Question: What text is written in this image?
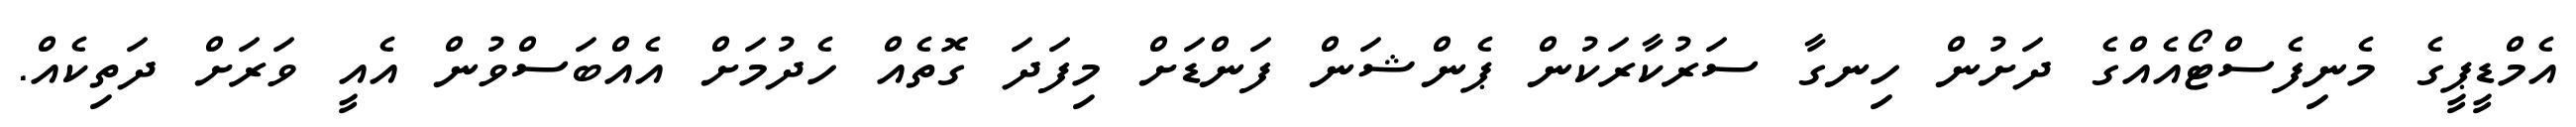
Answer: އެމްޑީޕީގެ މެނިފެސްޓޯއެއްގެ ދަށުން ހިނގާ ސަރުކާރަކުން ޕެންޝަން ފަންޑަށް މިފަދަ ގޮތެއް ހެދުމަށް އެއްބަސްވުން އެއީ ވަރަށް ދަތިކެއް.